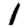
Digit: 1